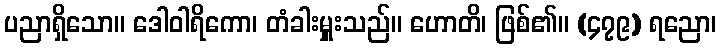
ပညာရှိသော။ ဒေါဝါရိကော၊ တံခါးမှူးသည်။ ဟောတိ၊ ဖြစ်၏။ (၄၇၉) ရညော၊